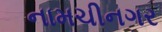
નામચીનગર